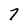
Character: 7